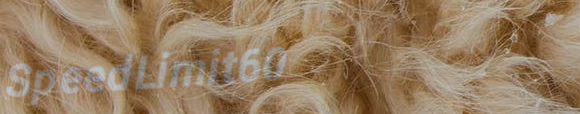
SpeedLimit60